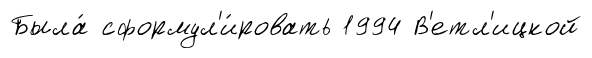
Была́ сформул'и́ровать 1994 В'етл'ицкой